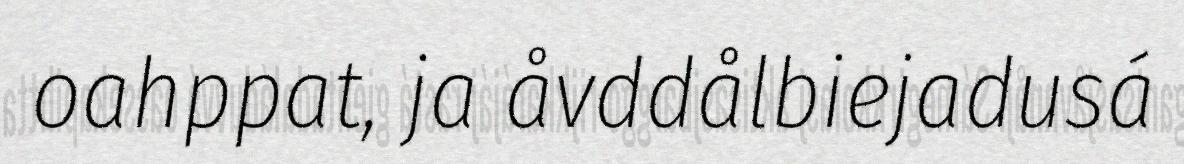
oahppat, ja åvddålbiejadusá